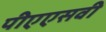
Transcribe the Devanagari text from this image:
पीएएसवी